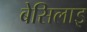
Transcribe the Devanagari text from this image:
बेसिलाइ